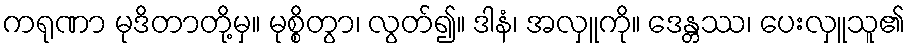
ကရုဏာ မုဒိတာတို့မှ။ မုစ္စိတွာ၊ လွတ်၍။ ဒါနံ၊ အလှူကို။ ဒေန္တဿ၊ ပေးလှူသူ၏